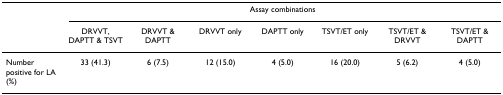
<table><thead><tr><td></td><td colspan="7"><b>Assay combinations</b></td></tr><tr><td></td><td><b>DRVVT, DAPTT &amp; TSVT</b></td><td><b>DRVVT &amp; DAPTT</b></td><td><b>DRVVT only</b></td><td><b>DAPTT only</b></td><td><b>TSVT/ET only</b></td><td><b>TSVT/ET &amp; DRVVT</b></td><td><b>TSVT/ET &amp; DAPTT</b></td></tr></thead><tbody><tr><td>Number positive for LA (%)</td><td>33 (41.3)</td><td>6 (7.5)</td><td>12 (15.0)</td><td>4 (5.0)</td><td>16 (20.0)</td><td>5 (6.2)</td><td>4 (5.0)</td></tr></tbody></table>